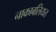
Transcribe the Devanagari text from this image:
नाकाबलियत